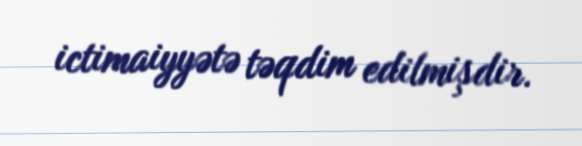
ictimaiyyətə təqdim edilmişdir.